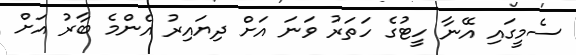
ސެމީގައި އޭނާ ހީޓުގެ ހަތަރު ވަނަ އަށް ދިޔައިރު އެންމެ ބާރު އަށް